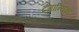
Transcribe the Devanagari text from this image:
टंगान्यिका